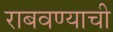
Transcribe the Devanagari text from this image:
राबवण्याची